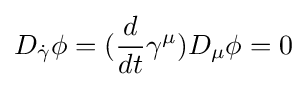
D_{\dot {\gamma }}\phi =({\frac {d}{dt}}\gamma ^{\mu })D_{\mu }\phi =0